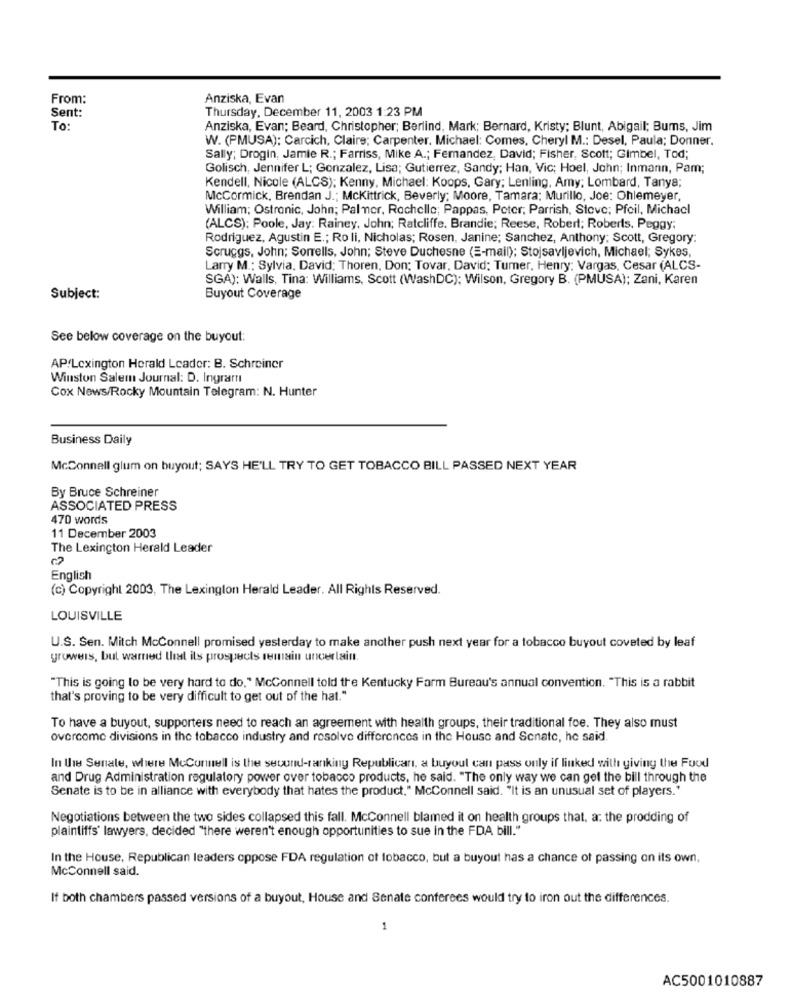
From:
Anziska, Evan
Sent:
Thursday, December 11, 2003 1:23 PM
To:
Anziska, Evan; Beard, Christopher; Berlind, Mark; Bernard, Kristy; Blunt, Abigail; Bums, Jim
W. (PMUSA); Carcich, Claire; Carpenter. Michael: Comes, Cheryl M .: Desel, Paula; Donner.
Sally; Drogin, Jamie R .; Farriss, Mike A .; Femandez, David; Fisher, Scott; Gimbel, Tod;
Golisch, Jennifer L; Gonzalez, Lisa; Gutierrez, Sandy; Han, Vic; Hoel, John; Inmann, Pam;
Kendell, Nicole (ALCS); Kenny, Michael: Koops, Gary; Lenling, Amy; Lombard, Tanya;
McCormick, Brendan J .; Mckittrick, Beverly; Moore, Tamara; Murillo, Joe: Ohlemeyer,
William; Ostronic, John; Palmer, Rochelle; Pappas, Peter, Parrish, Steve; Pfeil, Michael
(ALCS); Poole, Jay: Rainey, John; Ratcliffe. Brandie; Reese, Robert; Roberts, Peggy;
Rodriguez, Agustin E .; Ro li, Nicholas; Rosen, Janine; Sanchez, Anthony; Scott, Gregory:
Scruggs, John; Sorrells, John; Steve Duchesne (E-mail); Stojsavijevich, Michael; Sykes,
Larry M .: Sylvia, David: Thoren, Don; Tovar, David; Tumer, Henry: Vargas, Cesar (ALCS-
SGA): Walls, Tina: Williams, Scott (WashDC); Wilson, Gregory B. (PMUSA); Zani, Karen
Subject:
Buyout Coverage
See below coverage on the buyout:
APLexington Herald Leader: B. Schreiner
Winston Salem Journal: D. Ingram
Cox News/Rocky Mountain Telegram: N. Hunter
Business Daily
McConnell glum on buyout; SAYS HE'LL TRY TO GET TOBACCO BILL PASSED NEXT YEAR
By Bruce Schreiner
ASSOCIATED PRESS
470 words
11 December 2003
The Lexington Herald Leader
English
(c) Copyright 2003, The Lexington Herald Leader. All Rights Reserved.
LOUISVILLE
U.S. Sen. Mitch Mcconnell promised yesterday to make another push next year for a tobacco buyout coveted by leaf
growers, bul warned that its prospects remain uncertain.
"This is going to be very hard to do. " McConnell told the Kentucky Farm Bureau's annual convention. "This is a rabbit
that's proving to be very difficult to get out of the hat."
To have a buyout, supporters need to reach an agreement with health groups, their traditional foe. They also must
overcome divisions in the tobacco industry and resolve differences in the House and Senate, he said
In tre Senate, where McConnell is the secund-ranking Republican, a buyout can pass only if linked with giving the Food
and Drug Administration regulatory power over tobacco products, he said. "The only way we can get the bill through the
Senate is to be in alliance with everybody that hates the product." McConnell said. "It is an unusual set of players."
Negotiations between the two sides collapsed this fall. McConnell blamed it on health groups that, a: the prodding of
plaintiffs' lawyers, decided "there weren't enough opportunities to sue in the FDA bill."
In the House, Republican leaders oppose FDA regulation of tobacco, but a buyout has a chance of passing on its own,
McConnell said.
If both chambers passed versions of a buyout, House and Senate conferees would try to iron out the differences.
1
AC5001010887